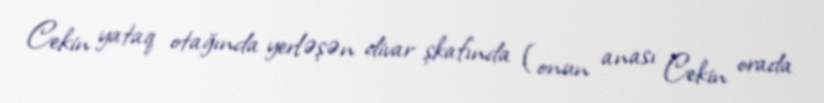
Cekin yataq otağında yerləşən divar şkafında (onun anası Cekin orada